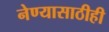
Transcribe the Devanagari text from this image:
नेण्यासाठीही